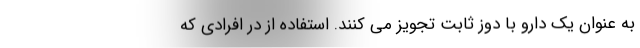
به عنوان یک دارو با دوز ثابت تجویز می کنند. استفاده از در افرادی که